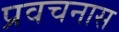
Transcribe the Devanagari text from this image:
प्रवचनास